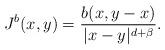
LaTeX: \begin{align*} J^b(x, y)=\frac {b(x, y-x)}{|x-y|^{d+\beta}}.\end{align*}